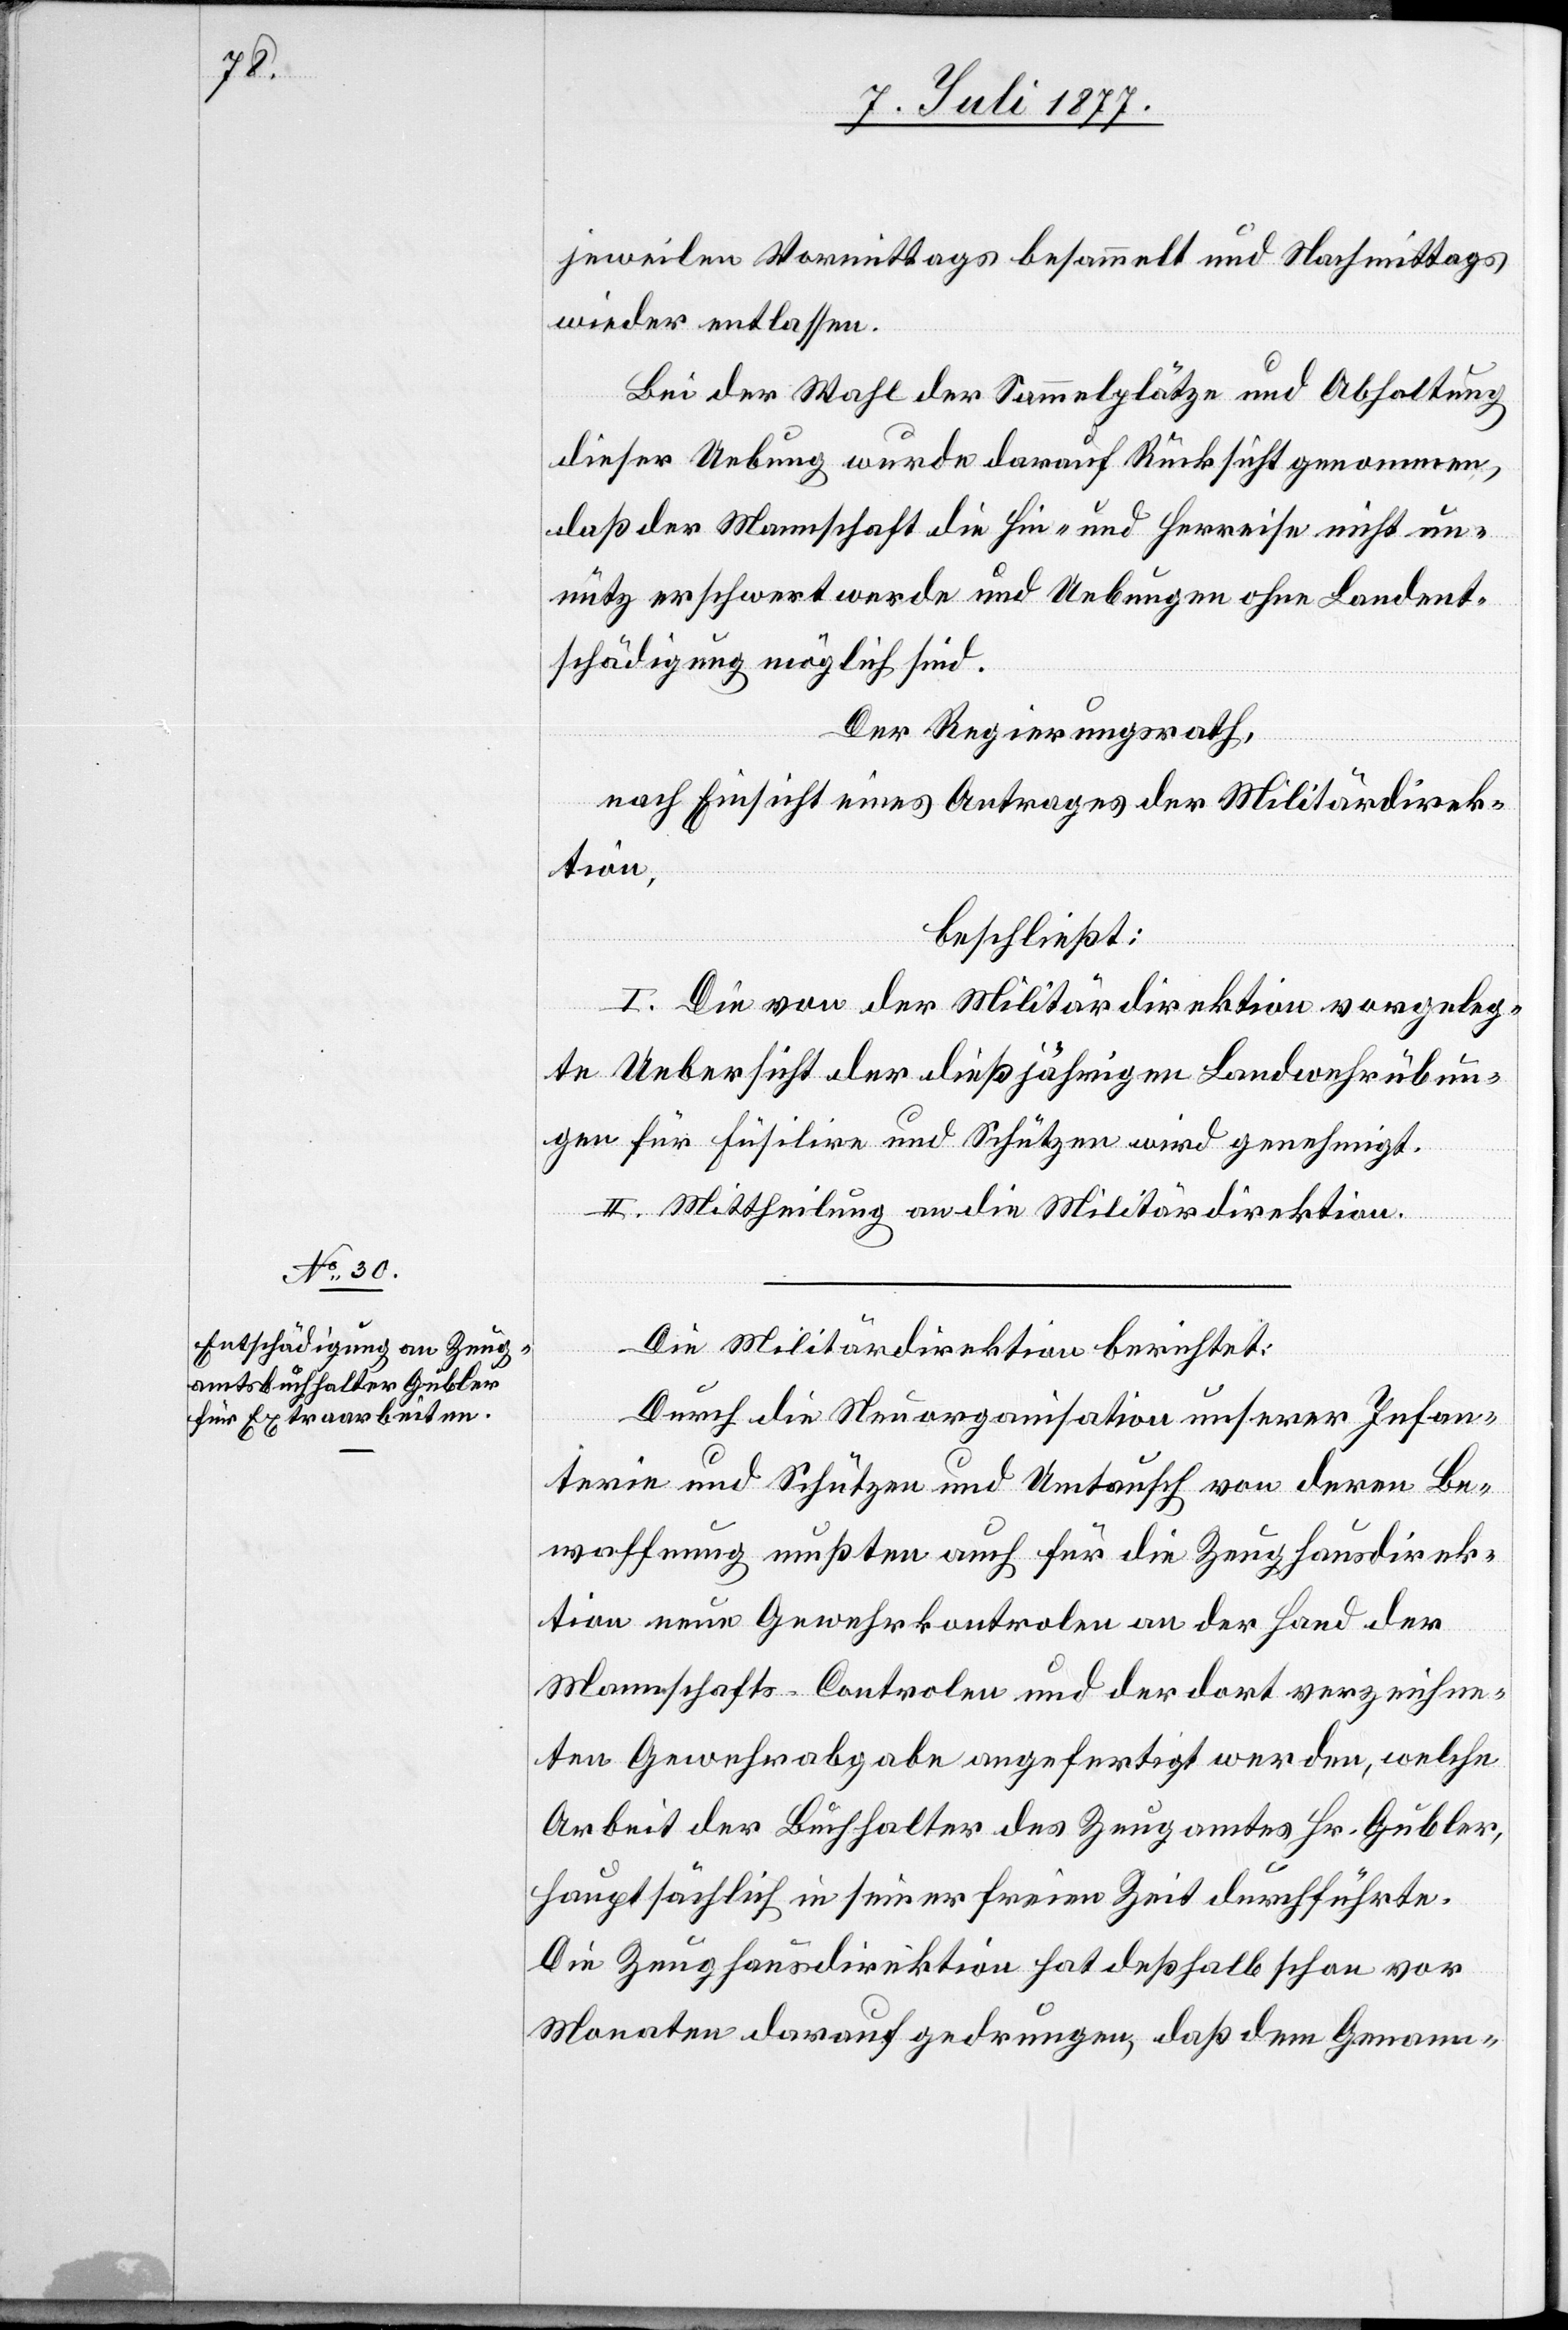
jeweilen Vormittags besammelt und Nachmittags
wieder entlassen.
Bei der Wahl der Sammelplätze und Abhaltung
dieser Uebung wurde darauf Rücksicht genommen,
daß der Mannschaft die Hin- und Herreise nicht un¬
nütz erschwert werde und Uebungen ohne Landent¬
schädigung möglich sind.
Der Regierungsrath,
nach Einsicht eines Antrages der Militärdirek¬
tion,
beschließt:
I. Die von der Militärdirektion vorgeleg¬
te Uebersicht der dießjährigen Landwehrübun¬
gen für Füsilire und Schützen wird genehmigt.
II. Mittheilung an die Militärdirektion.
Die Militärdirektion berichtet:
Durch die Neuorganisation unserer Infan¬
terie und Schützen und Umtausch von deren Be¬
waffnung mußten auch für die Zeughausdirek¬
tion neue Gewehrkontrolen an der Hand der
Mannschafts-Controlen und der dort verzeichne¬
ten Gewehrabgabe angefertigt werden, welche
Arbeit der Buchhalter des Zeugamtes Hr. Gubler,
hauptsächlich in seiner freien Zeit durchführte.
Die Zeughausdirektion hat deßhalb schon vor
Monaten darauf gedrungen, daß dem Genann-